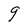
Character: g